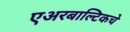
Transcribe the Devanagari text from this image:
एअरबाल्टिकचे